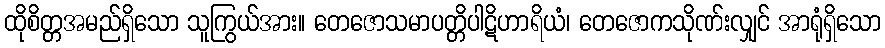
ထိုစိတ္တအမည်ရှိသော သူကြွယ်အား။ တေဇောသမာပတ္တိပါဋိဟာရိယံ၊ တေဇောကသိုဏ်းလျှင် အာရုံရှိသော